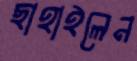
ছাহাইলেন